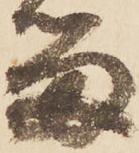
留